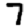
Digit: 7